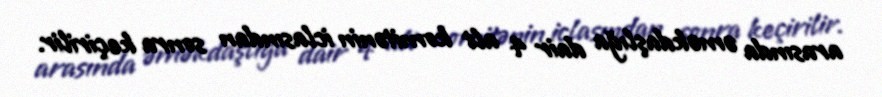
arasında əməkdaşlığa dair 4 alt komitənin iclasından sonra keçirilir.